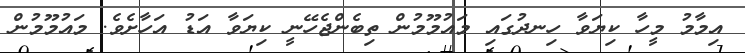
އިމާމު މީހާ ކިޔަވާ ހިނދުގައި މައުމޫމުން ތިބެންޖެހޭނީ ކިޔަވާ އަޑު އަހާށެވެ. މައުމޫމުން